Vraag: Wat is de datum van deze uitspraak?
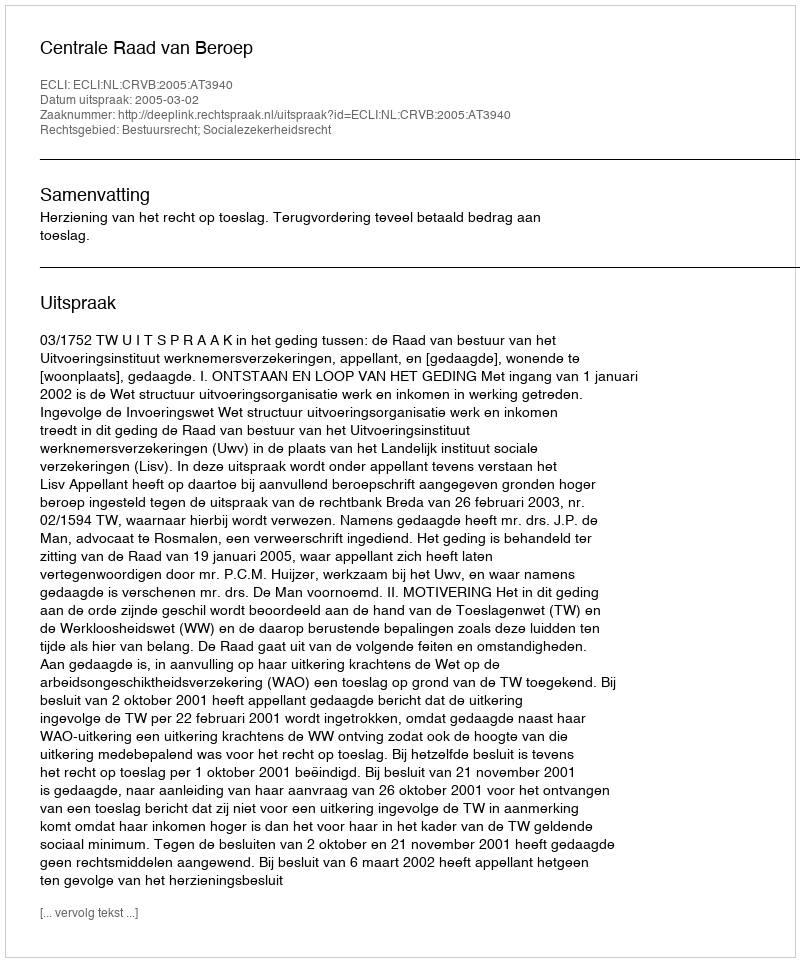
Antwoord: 2005-03-02